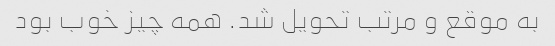
به موقع و مرتب تحویل شد. همه چیز خوب بود